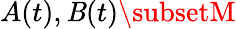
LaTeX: A(t),\mathit{B}(t)\subsetM